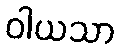
ဝါယသာ